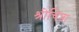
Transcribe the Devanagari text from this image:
श्रीचित्रा